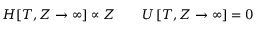
\begin{array} { r l r } { H [ T , Z \to \infty ] \propto Z } & { { } } & { U \left[ T , Z \to \infty \right] = 0 } \end{array}